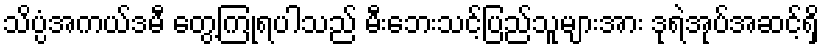
သိပ္ပံအကယ်ဒမီ တွေ့ကြုံရပါသည် မီးဘေးသင့်ပြည်သူများအား ဒုရဲအုပ်အဆင့်ရှိ